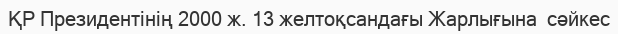
ҚР Президентінің 2000 ж. 13 желтоқсандағы Жарлығына  сәйкес